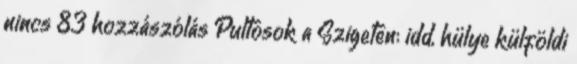
nincs 83 hozzászólás Pultosok a Szigeten: idd, hülye külföldi